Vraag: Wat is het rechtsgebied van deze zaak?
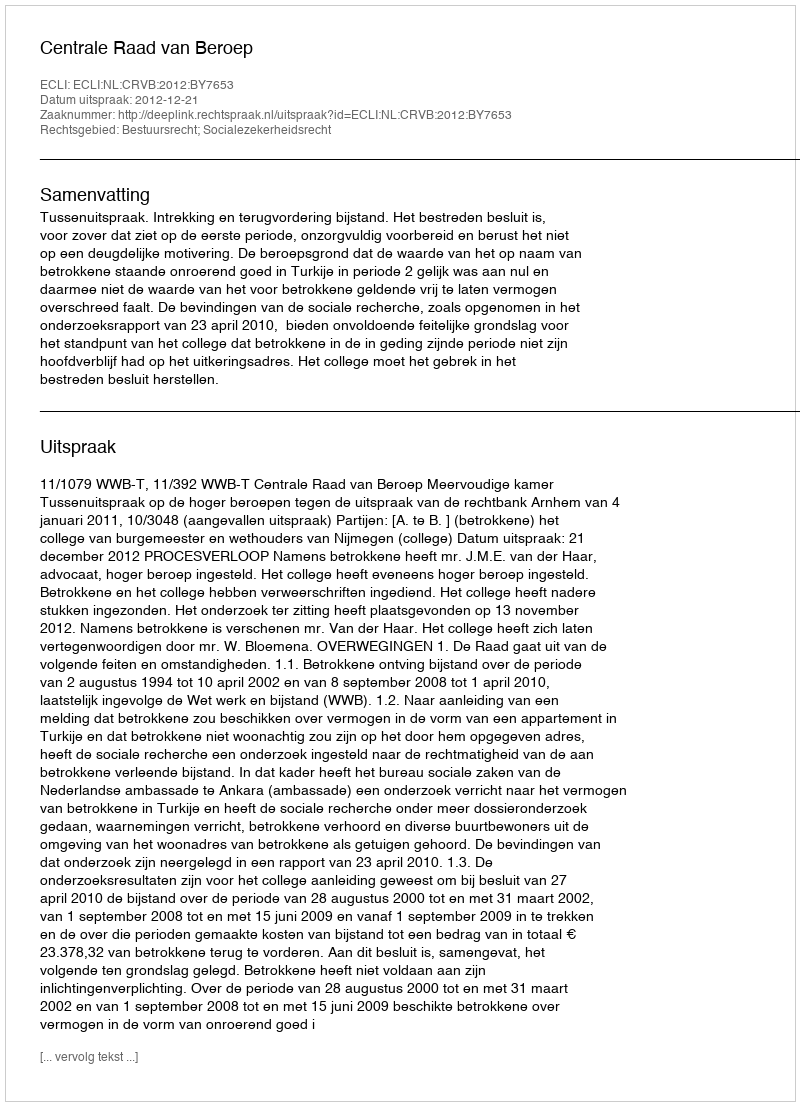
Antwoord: Bestuursrecht; Socialezekerheidsrecht